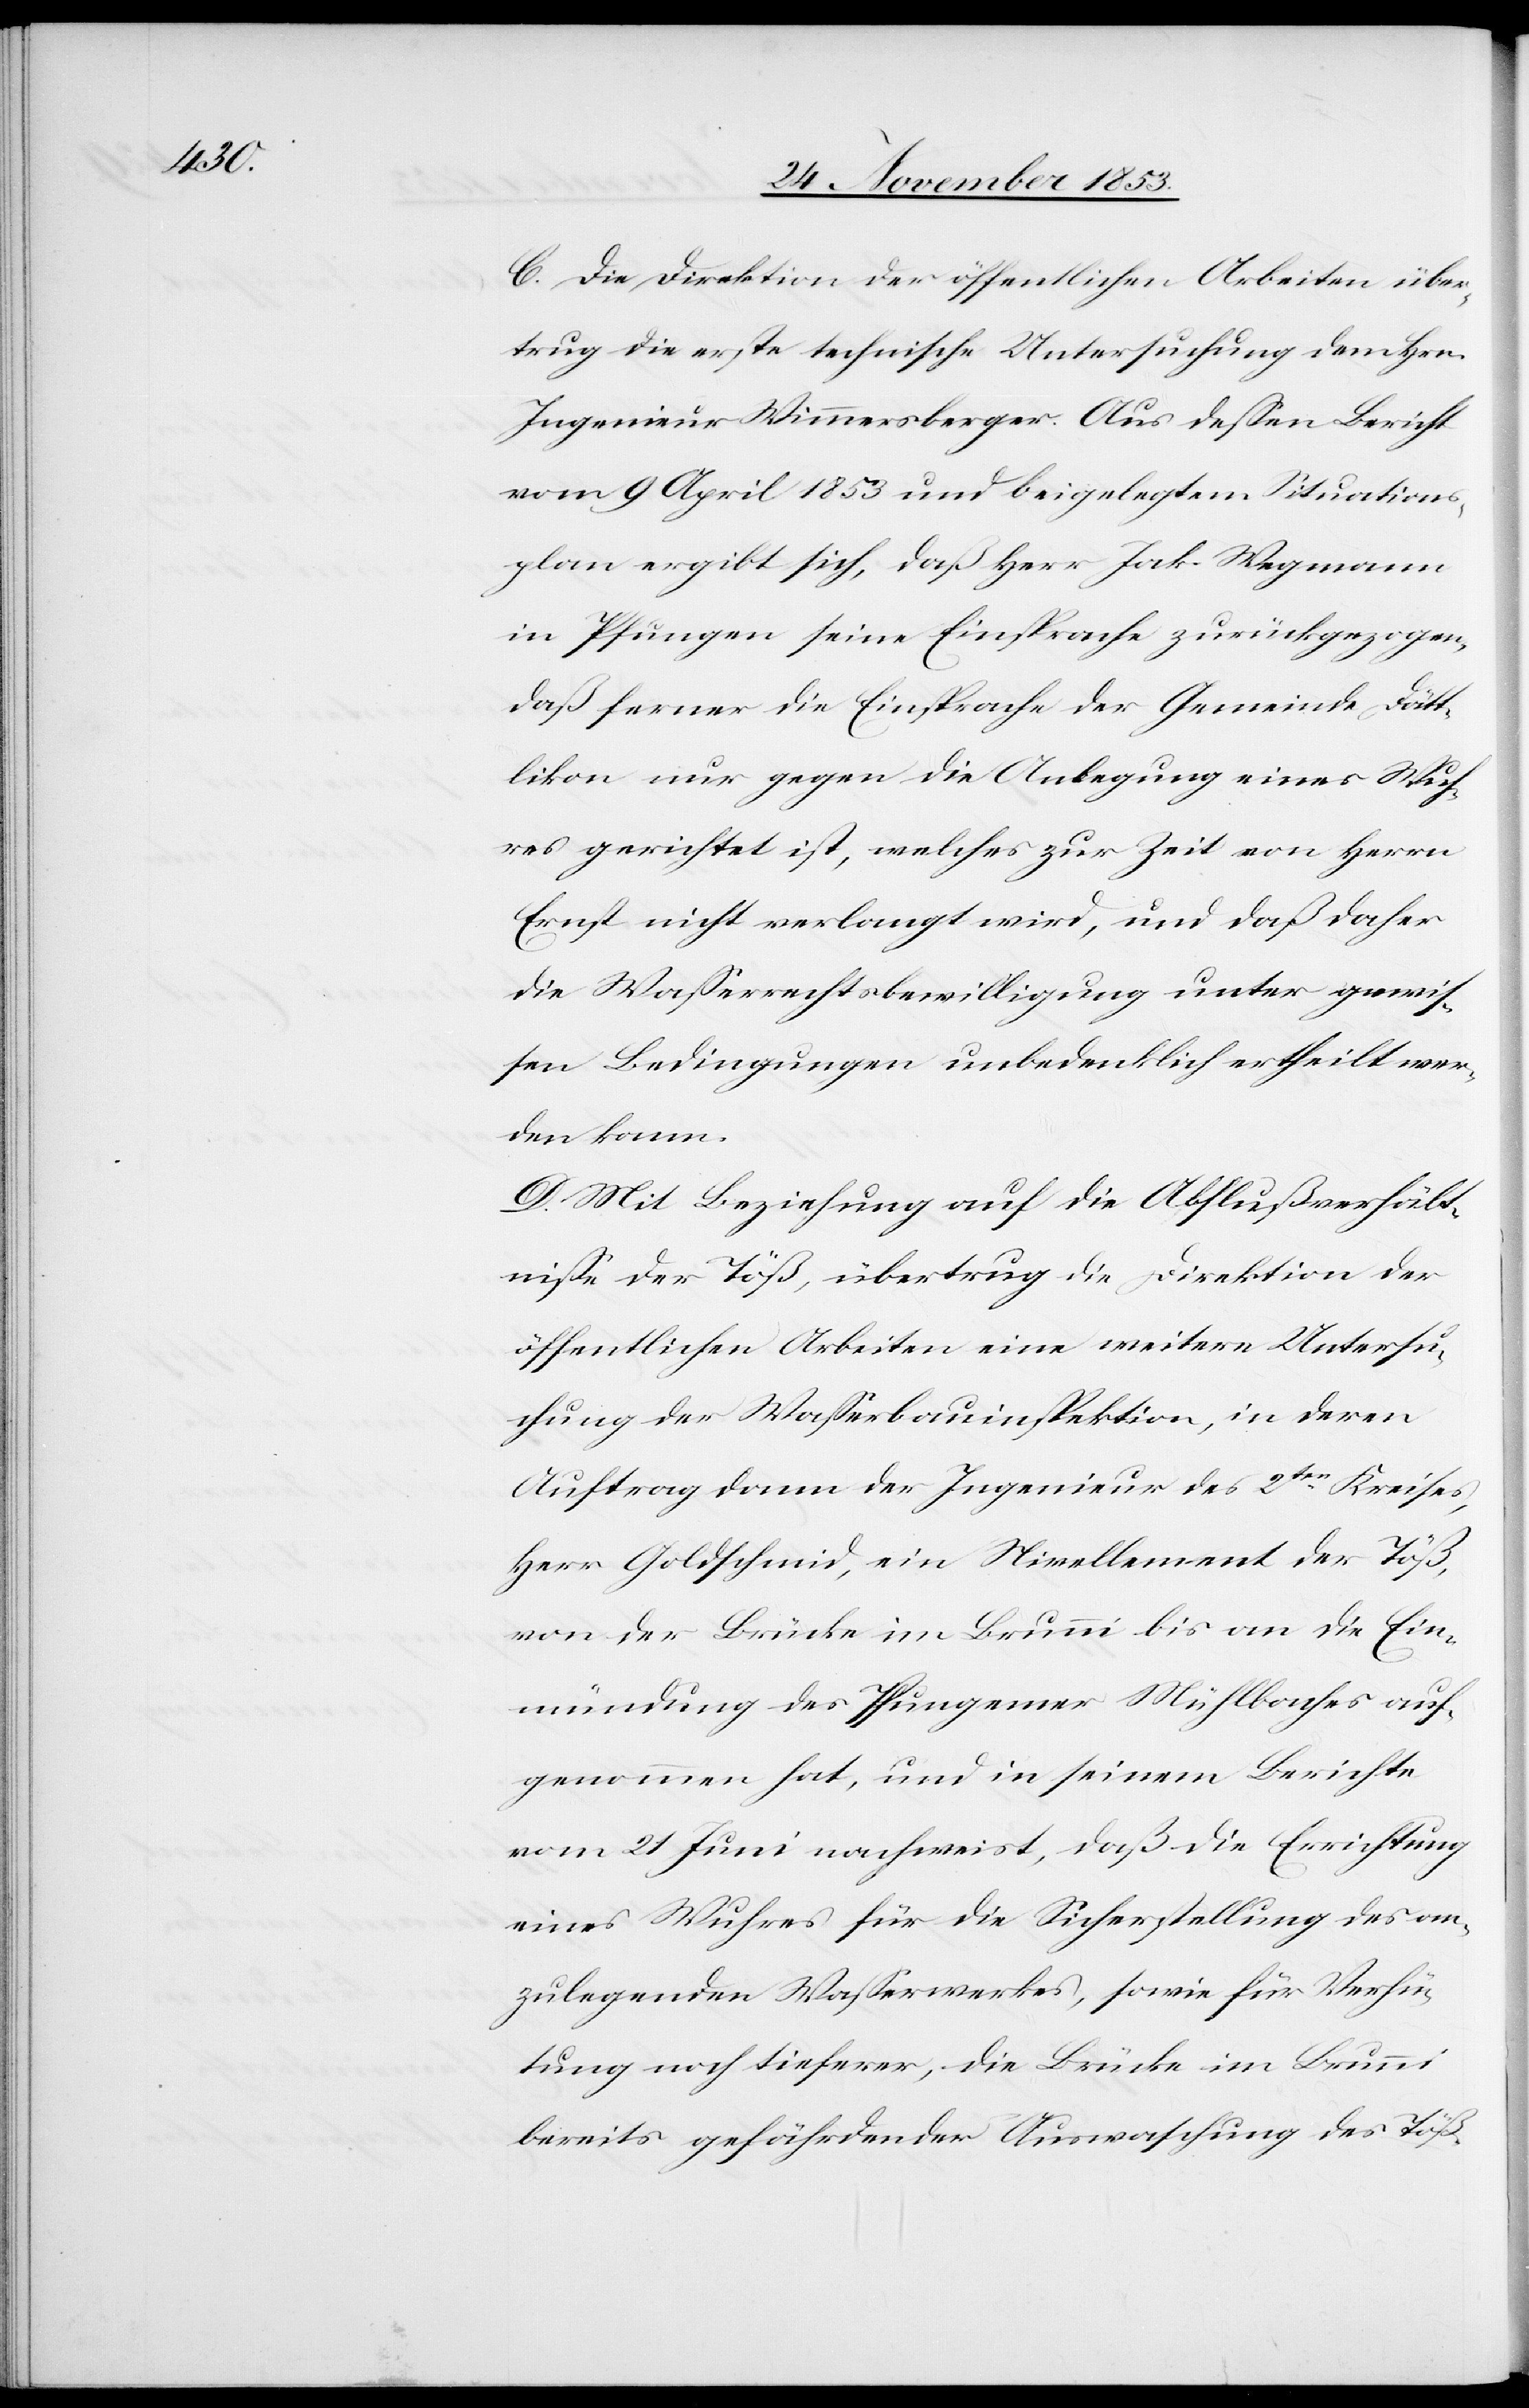
C. Die Direktion der öffentlichen Arbeiten über¬
trug die erste technische Untersuchung dem Hrn.
Ingenieur Wimmersberger. Aus deßen Bericht
vom 9 April 1853 und beigelegten Situations¬
plan ergibt sich, daß Herr Jak. Wegmann
in Pfungen seine Einsprache zurückgezogen,
daß ferner die Einsprache der Gemeinde Dätt¬
likon nur gegen die Anlegung eines Wuh¬
res gerichtet ist, welches zur Zeit von Herrn
Ernst nicht verlangt wird, und daß daher
die Waßerrechtsbewilligung unter gewis¬
sen Bedingungen unbedenklich ertheilt wer¬
den kann.
D. Mit Beziehung auf die Abflußverhält¬
niße der Töß, übertrug die Direktion der
öffentlichen Arbeiten eine weitere Untersu¬
chung der Waßerbauinspektion, in deren
Auftrag dann der Ingenieur des 2ten Kreises,
Herr Goldschmid, ein Nivellement der Töß,
von der Brücke im Brunni bis an die Ein¬
mündung des Pfungener Mühlbaches auf¬
genommen hat, und in seinem Berichte
vom 21 Juni nachweist, daß die Errichtung
eines Wuhres für die Sicherstellung des an¬
zulegenden Waßerwerkes, sowie für Verhü¬
tung noch tieferer, die Brücke im Brunni
bereits gefährdender Auswaschung des Töß-